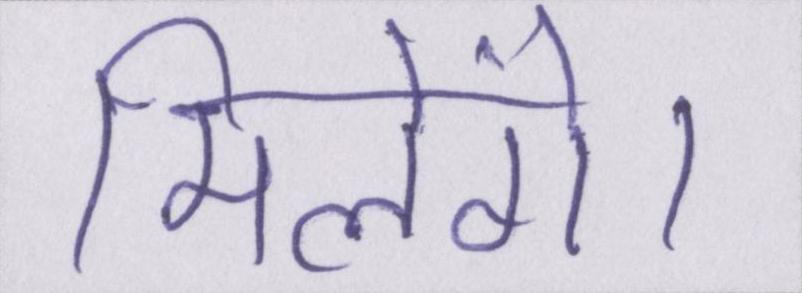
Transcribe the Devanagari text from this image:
मिलेंगे।